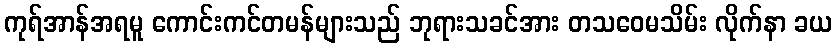
ကုရ်အာန်အရမူ ကောင်းကင်တမန်များသည် ဘုရားသခင်အား တသဝေမသိမ်း လိုက်နာ ခယ